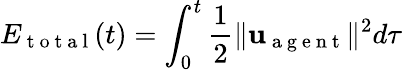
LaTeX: E_{\mathrm{~t~o~t~a~l~}}(t)=\int_{0}^{t}\frac{1}{2}\| \mathbf{u}_{\mathrm{~a~g~e~n~t~}}\| ^{2}d\tau